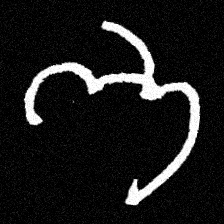
Pyu character \u2014 Myanmar letter: ဘ (romanized: bha)